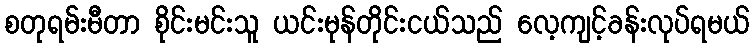
စတုရမ်းမီတာ စိုင်းမင်းသူ ယင်းမုန်တိုင်းငယ်သည် လေ့ကျင့်ခန်းလုပ်ရမယ်